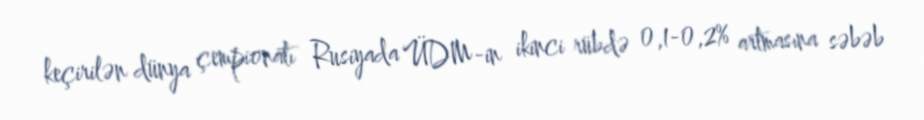
keçirilən dünya çempionatı Rusiyada ÜDM-in ikinci rübdə 0,1-0,2% artmasına səbəb